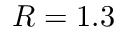
R = 1 . 3